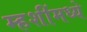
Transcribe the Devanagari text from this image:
म्हशींमध्ये